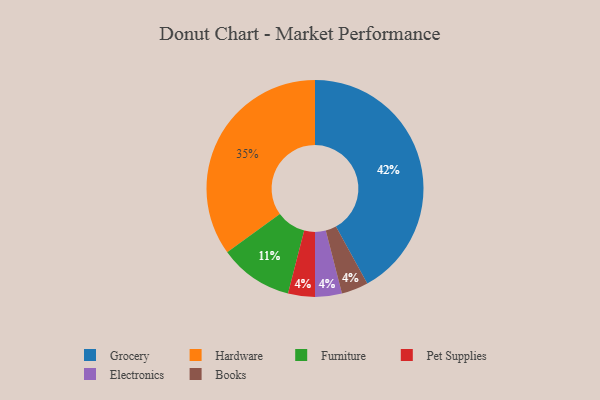
{"axis": {"x": "Category", "y": "Percentage"}, "legend": ["Books", "Electronics", "Furniture", "Grocery", "Hardware", "Pet Supplies"], "data": [{"x": "Grocery", "y": 42, "type": "Grocery"}, {"x": "Furniture", "y": 11, "type": "Furniture"}, {"x": "Pet Supplies", "y": 4, "type": "Pet Supplies"}, {"x": "Electronics", "y": 4, "type": "Electronics"}, {"x": "Books", "y": 4, "type": "Books"}, {"x": "Hardware", "y": 35, "type": "Hardware"}]}